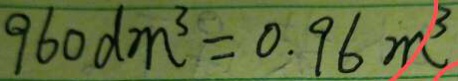
9 6 0 d m ^ { 3 } = 0 . 9 6 m ^ { 3 }